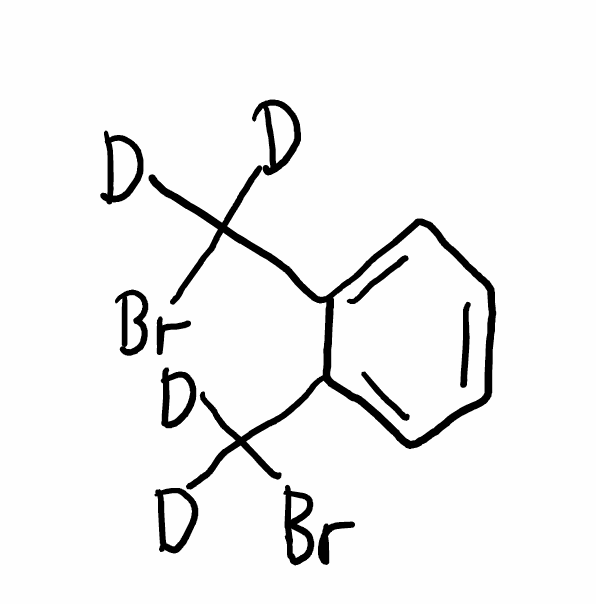
Simplified molecular-input line-entry system (SMILES) notation of the given molecule:
[2H]C([2H])(C1=CC=CC=C1C([2H])([2H])Br)Br